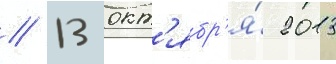
// 13 окт'ябр'я́ 2013